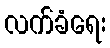
လက်ခံရေး